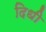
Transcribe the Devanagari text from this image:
दिधी